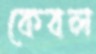
কেবল